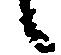
候